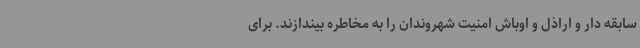
سابقه دار و اراذل و اوباش امنیت شهروندان را به مخاطره بیندازند. برای